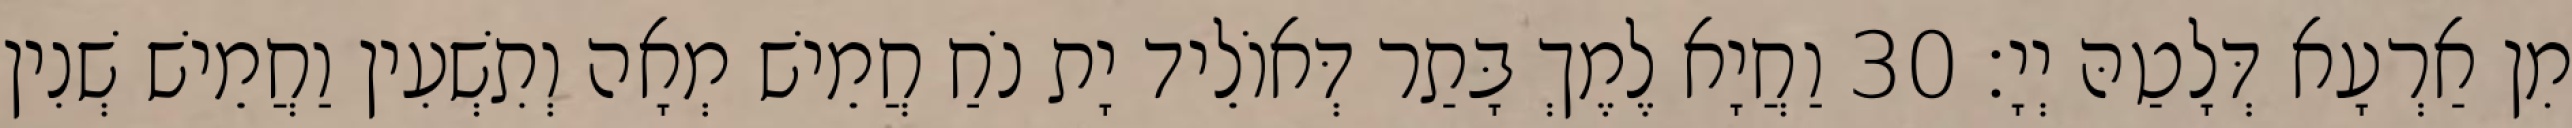
מִן אַרְעָא דְּלָטַהּ יְיָ׃ 30 וַחֲיָא לֶמֶךְ בָּתַר דְּאוֹלֵיד יָת נֹחַ חֲמֵישׁ מְאָה וְתִשְׁעִין וַחֲמֵישׁ שְׁנִין